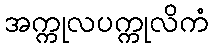
အက္ကုလပက္ကုလိကံ